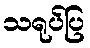
သရုပ်ပြ